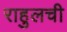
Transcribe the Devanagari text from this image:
राहुलची